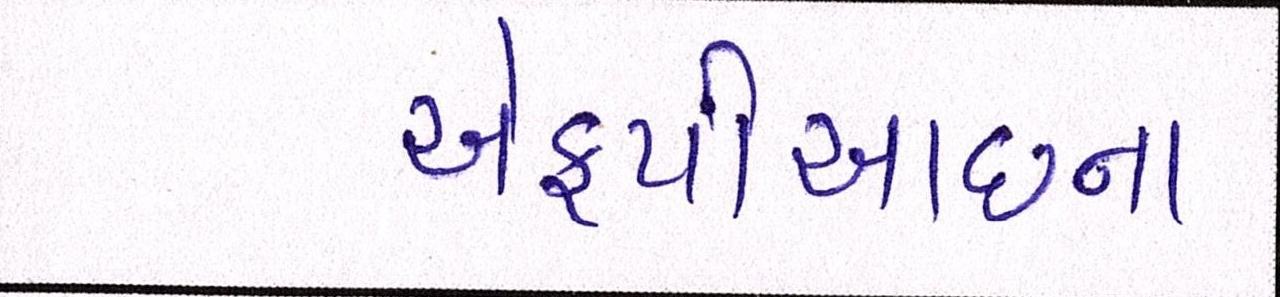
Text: એફપીઆઇના